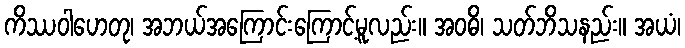
ကိဿဝါဟေတု၊ အဘယ်အကြောင်းကြောင့်မူလည်း။ အဝဓိ၊ သတ်ဘိသနည်း။ အယံ၊